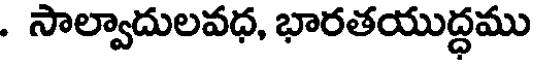
. సాల్వాదులవధ, భారతయుద్ధము